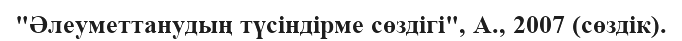
"Әлеуметтанудың түсіндірме сөздігі", А., 2007 (сөздік).